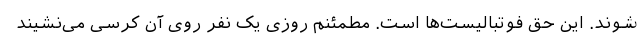
شوند. این حق فوتبالیست‌ها است. مطمئنم روزی یک نفر روی آن کرسی می‌نشیند